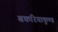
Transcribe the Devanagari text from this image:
बकरियाकुण्ड